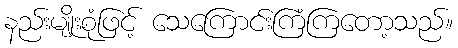
နည်းမျိုးစုံဖြင့် သေကြောင်းကြံကြတော့သည်။